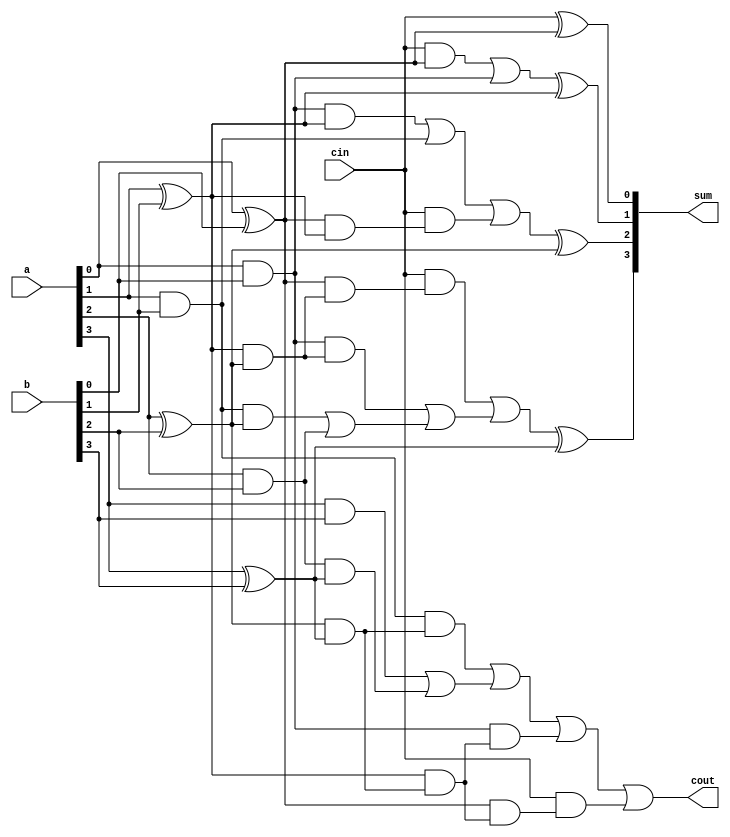
`timescale 1ns / 1ps
//carry look ahead adder of 4 bit

module carry_look_ahead_4bit(a,b, cin, sum,cout);
input [3:0] a,b;
input cin;
output [3:0] sum;
output cout;
wire [3:0] p,g,c;
xor(p[0],a[0],b[0]);    
xor(p[1],a[1],b[1]);
xor(p[2],a[2],b[2]);
xor(p[3],a[3],b[3]);
and(g[0],a[0],b[0]);
and(g[1],a[1],b[1]);
and(g[2],a[2],b[2]);
and(g[3],a[3],b[3]);
wire c1t1;
and(ct1,cin,p[0]);
or(c[0],ct1,g[0]);
wire c2t1,c2t2,c2t3,c2t4;
and(c2t1,p[0],p[1]);
and(c2t2,cin,c2t1);
and(c2t3,g[0],p[1]);
or(c2t4,c2t3,g[1]);
or(c[1],c2t4,c2t2);
wire c3t1,c3t2,c3t3,c3t4,c3t5,c3t6,c3t7;
and(c3t1,g[1],p[2]);
and(c3t2,p[1],p[2]);
and(c3t3,g[0],c3t2);
and(c3t4,p[0],c3t2);
and(c3t5,cin,c3t4);
or(c3t6,c3t1,g[2]); 
or(c3t7,c3t3,c3t6);
or(c[2],c3t5,c3t7);
wire c4t1,c4t2,c4t3,c4t4,c4t5,c4t6,c4t7,c4t8,c4t9,c4t10;
and(c4t1,g[2],p[3]);
and(c4t2,p[2],p[3]);
and(c4t3,g[1],c4t2);
and(c4t4,p[1],c4t2);
and(c4t5,g[0],c4t4);
and(c4t6,p[0],c4t4);
and(c4t7,cin,c4t6);
or(c4t8,g[3],c4t1);
or(c4t9,c4t3,c4t8);
or(c4t10,c4t9,c4t5);
or(c[3],c4t10,c4t7);
wire ts1,ts2,ts3,ts4;
xor(ts1,a[0],b[0]);
xor(sum[0],cin,ts1);
xor(ts2,a[1],b[1]);
xor(sum[1],c[0],ts2);
xor(ts3,a[2],b[2]);
xor(sum[2],c[1],ts3);
xor(ts4,a[3],b[3]);
xor(sum[3],c[2],ts4);
buf(cout,c[3]);
endmodule